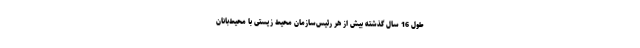
طول 16 سال گذشته بیش از هر رئیس‌سازمان محیط‌ زیستی با محیط‌بانان